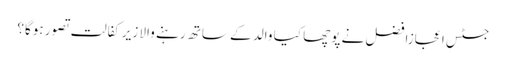
جسٹس اعجازافضل نے پوچھا کیا والد کے ساتھ رہنے والا زیرکفالت تصور ہوگا؟